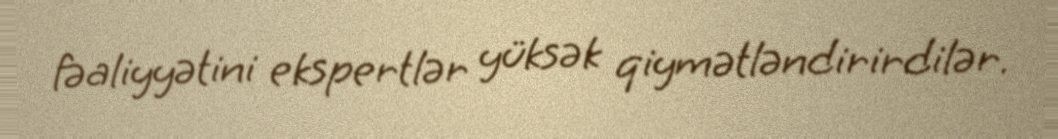
fəaliyyətini ekspertlər yüksək qiymətləndirirdilər.